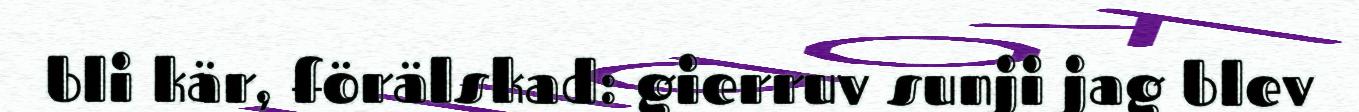
bli kär, förälskad: gierruv sunji jag blev